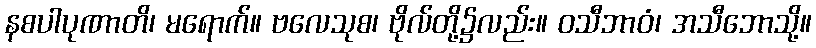
နစပါပုဏာတိ၊ မရောက်။ ဗလေသုစ၊ ဗိုလ်တို့၌လည်း။ ဝသီဘာဝံ၊ အသီဘောသို့။